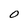
Character: O